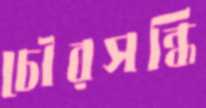
চৌরসন্ধি